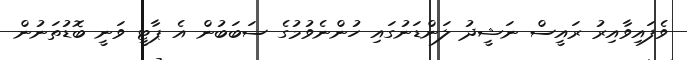
ވެފައިވާއިރު ރައީސް ނަޝީދު ލަންޑަނުގައި ހުންނެވުމުގެ ސަބަބުން އެ ޕާޓީ ވަނީ ބޮޑުތަނުން